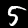
Label: 5